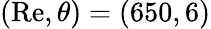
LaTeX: (\mathrm{Re},\theta)=(650,6)